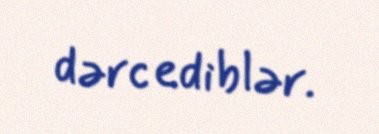
dərc ediblər.